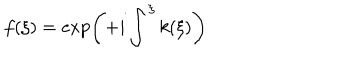
LaTeX: f ( \xi ) = \exp \left( + i \int ^ { \xi } k ( \xi ) \right)